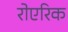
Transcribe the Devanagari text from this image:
रोएरिक